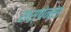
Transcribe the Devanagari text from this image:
सस्पेन्स